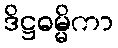
ဒိဋ္ဌဓမ္မိကာ